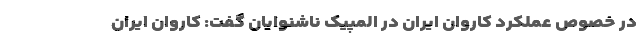
در خصوص عملکرد کاروان ایران در المپیک ناشنوایان گفت: کاروان ایران